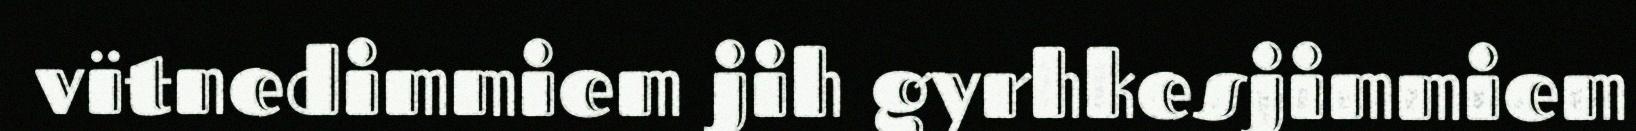
vïtnedimmiem jih gyrhkesjimmiem